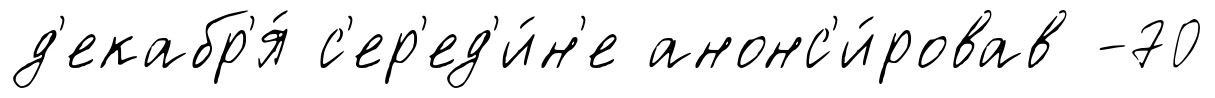
д'екабр'я́ с'ер'ед'и́н'е анонс'и́ровав -70